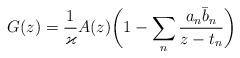
\begin{align*}G(z) = \frac{1}{\varkappa} A(z) \bigg(1 - \sum_n \frac{a_n \bar b_n}{z- t_n}\bigg)\end{align*}